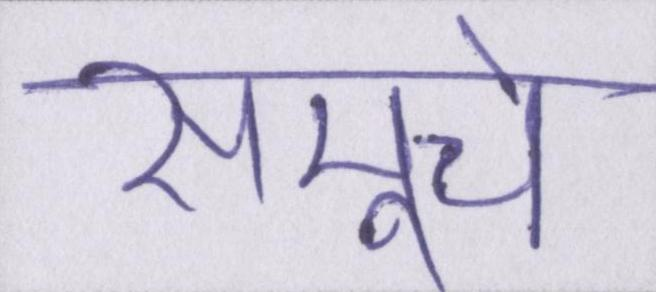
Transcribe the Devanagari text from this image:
समूचे